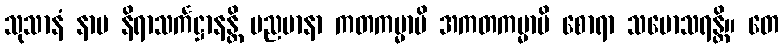
သုသာနံ နာမ နိရာသင်္ကဋ္ဌာနန္တိ မညမာနာ ကတကမ္မာပိ အကတကမ္မာပိ စောရာ သမောသရန္တိ။ တေ